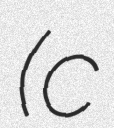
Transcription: (c